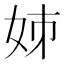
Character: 𡛷